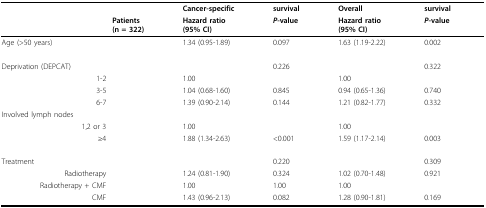
|  |  | Cancer-specific | survival | Overall | survival |
 |  | Patients(n = 322) | Hazard ratio(95% CI) | P-value | Hazard ratio(95% CI) | P-value |
 | --- | --- | --- | --- | --- | --- |
 | Age (>50 years) |  | 1.34 (0.95-1.89) | 0.097 | 1.63 (1.19-2.22) | 0.002 |
 | Deprivation (DEPCAT) |  |  | 0.226 |  | 0.322 |
 | 1-2 |  | 1.00 |  | 1.00 |  |
 | 3-5 |  | 1.04 (0.68-1.60) | 0.845 | 0.94 (0.65-1.36) | 0.740 |
 | 6-7 |  | 1.39 (0.90-2.14) | 0.144 | 1.21 (0.82-1.77) | 0.332 |
 | Involved lymph nodes |  |  |  |  |  |
 | 1,2 or 3 |  | 1.00 |  | 1.00 |  |
 | ≥4 |  | 1.88 (1.34-2.63) | <0.001 | 1.59 (1.17-2.14) | 0.003 |
 | Treatment |  |  | 0.220 |  | 0.309 |
 | Radiotherapy |  | 1.24 (0.81-1.90) | 0.324 | 1.02 (0.70-1.48) | 0.921 |
 | Radiotherapy + CMF |  | 1.00 | 1.00 | 1.00 |  |
 | CMF |  | 1.43 (0.96-2.13) | 0.082 | 1.28 (0.90-1.81) | 0.169 |